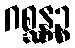
ဂစ္ဆန္တဉ္စ